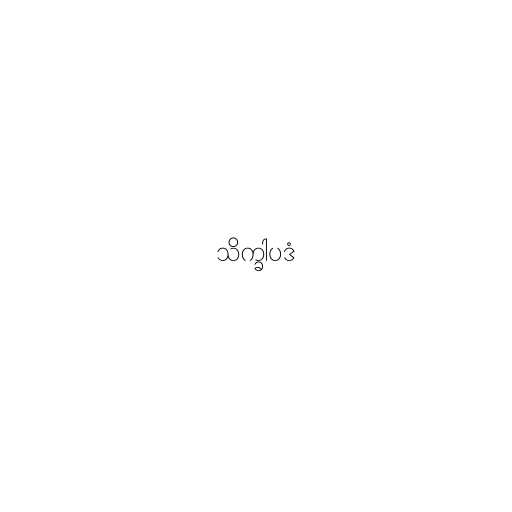
သိက္ခါပဒံ